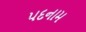
પદનામ